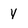
Character: y